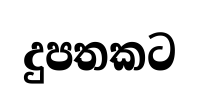
දුපතකට